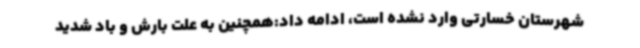
شهرستان خسارتی وارد نشده است، ادامه داد:همچنین به علت بارش و باد شدید